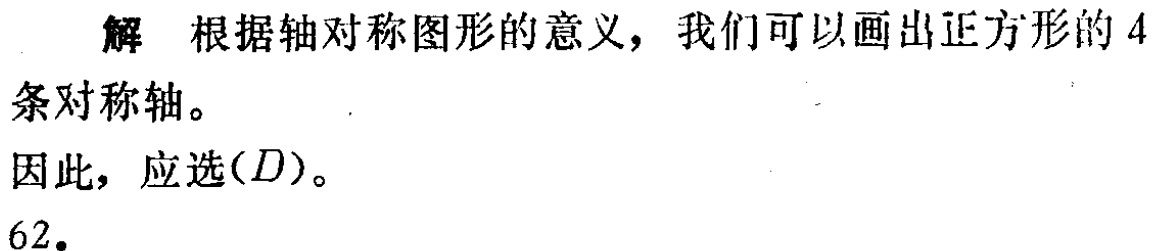
解 根据轴对称图形的意义，我们可以画出正方形的 4条对称轴。

因此，应选$(D)$。

62.